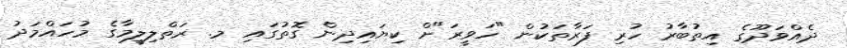
ދެއްވަދޫގެ އިތުބާރު ހުރި ފަރާތަކުން "ހަވީރަ"ށް ކިޔައިދިން ގޮތުގައި މ. ރަތްލިލީމާގެ މުހައްމަދު